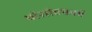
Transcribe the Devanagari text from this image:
पीसीएफसी